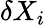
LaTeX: \delta X_{i}